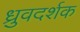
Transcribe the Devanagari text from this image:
ध्रुवदर्शक